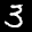
Label: 3